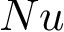
N u